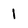
Character: 1